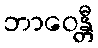
ဘာဝေန္တီ